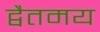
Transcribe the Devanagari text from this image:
द्वैतमय